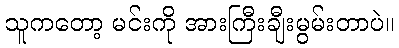
သူကတော့ မင်းကို အားကြီးချီးမွမ်းတာပဲ။